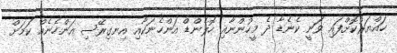
ހައްޔަރުކޮށްފައި ވަނީ ކެނެޑާ ދެ މީހުންނާއި ހޮލެންޑް އަންހެނަކާއި އިނގިރޭސި އަންހެނެއް ކަމަށް